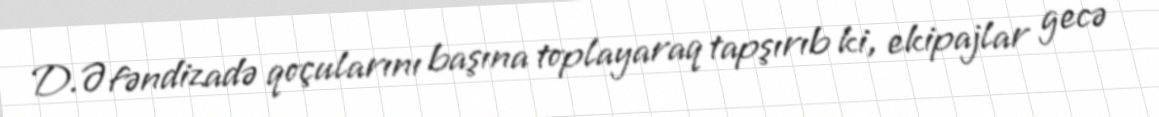
D.Əfəndizadə qoçularını başına toplayaraq tapşırıb ki, ekipajlar gecə